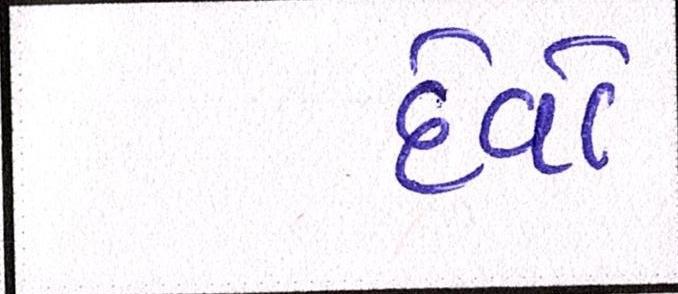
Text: દેવો